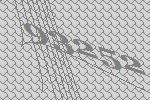
93252